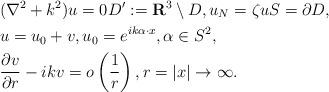
LaTeX: \begin{align*} &(\nabla^2+k^2)u=0 D':=\mathbf{R}^3\setminus D, u_N=\zeta u S=\partial D, \\ &u=u_0+v, u_0=e^{ik\alpha\cdot x}, \alpha \in S^2, \\ &\frac{\partial v}{\partial r}-ikv=o\left(\frac{1}{r}\right),r=|x|\to\infty. \end{align*}